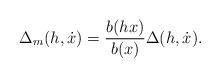
LaTeX: \begin{align*}\Delta_m(h,\dot x)={b(h x)\over b(x)}\Delta(h,\dot x).\end{align*}